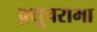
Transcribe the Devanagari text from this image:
फ़्यूचरामा